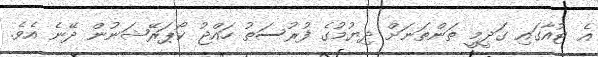
އެ ޓުއާގައި ގަދީމީ ތަންތަނަށް ދިޔުމުގެ ފުރުސަތު ހައްޖު ކޯޕަރޭޝަނުން ދޭނެ އެވެ.